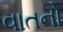
વાતનો